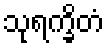
သုရက္ခိတံ